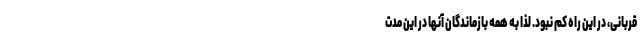
قربانی، در این راه کم نبود. لذا به همه بازماندگان آنها در این مدت